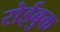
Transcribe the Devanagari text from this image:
रोईबुक